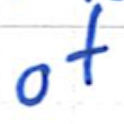
Text: of
Cross-out: clean
Writing tool: ballpoint